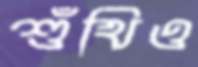
শুঁখিও